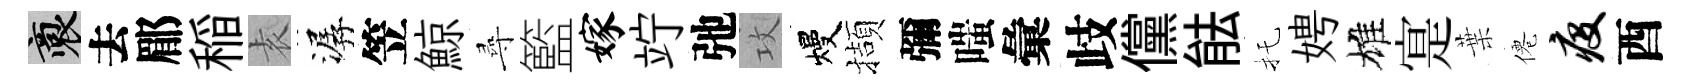
裔去郿稲𡊮潺笠鯨尋籃嫁竚弛攻熳擷彌嗤彙歧儻䏻托娉雄寔葉僊疫酉